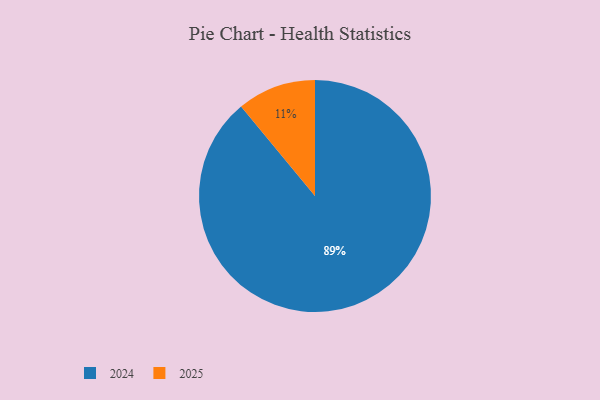
{"axis": {"x": "Category", "y": "Percentage"}, "legend": ["2024", "2025"], "data": [{"x": "2024", "y": 89, "type": "2024"}, {"x": "2025", "y": 11, "type": "2025"}]}